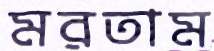
মরতাম